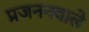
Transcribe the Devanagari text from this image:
प्रजननवाले